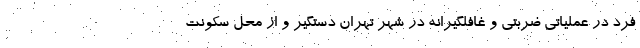
فرد در عملیاتی ضربتی و غافلگیرانه در شهر تهران دستگیر و از محل سکونت